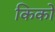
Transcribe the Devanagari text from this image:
किको